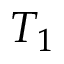
T _ { 1 }